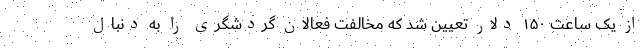
از یک ساعت ۱۵۰ دلار تعیین شد که مخالفت فعالان گردشگری را به دنبال